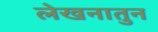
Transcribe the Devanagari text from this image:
लेखनातुन